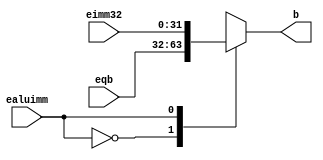
`timescale 1ns / 1ps
//////////////////////////////////////////////////////////////////////////////////
// School: PSU Main Campus
// Name: Justin Ngo
// 
// Project Name: Final Project, Piplelined CPU
// Modules Contained: aluMux, ALU, EXEMEM
//////////////////////////////////////////////////////////////////////////////////

// Module      : ALUMUX (ALU Multiplexer)
// Description : If ealuimm 0: b = eqb, 1: b = eimm32
// Input(s)    : ealuimm, eqb, eimm32
// Output(s)   : b
module aluMUX(input ealuimm, input [31:0] eqb, input [31:0] eimm32, output reg[31:0] b);
        
        always @(*) begin
         //if ealuimm = 0, b = eqb
        case(ealuimm)
            0: b <= eqb;
            1: b <= eimm32;
        endcase
    end 
endmodule


// Module      : ALU (Arithmetic Logic Unit)
// Description : On signal change, set r = eqa and b based on ealuc
// Input(s)    : eqa, b, ealuc
// Output(s)   : r
module ALU(input [31:0] eqa, input [31:0] b, input [3:0] ealuc, output reg[31:0] r);
    
    //values come from zybooks
    always @(*) begin
        case(ealuc) 
            //and
            4'b0000: r <= eqa & b;
            //or
            4'b0001: r <= eqa | b;
            //xor
            4'b0011: r <= eqa ^ b;
            //add
            4'b0010: r <= eqa + b;
            //sub
            4'b0110: r <= eqa - b;
        endcase
    end
endmodule


// Module      : EXEMEM (Execute Memory)
// Description : On positive clock edge, set all output signals to their respective input signals
// Input(s)    : ewreg, em2reg, ewmem, edestReg, eqa, eqb, eimm32
// Output(s)   : mwreg, mm2reg, mwmem, mdestReg, mqa, mqb, memm32
module EXEMEM(
    input clk,

    input ewreg,            output reg mwreg,
    input em2reg,           output reg mm2reg,
    input ewmem,            output reg mwmem,                   
    input [4:0] edestReg,   output reg [4:0] mdestReg,       
    input [31:0] r,         output reg [31:0] mr,
    input [31:0] eqb,       output reg [31:0] mqb);
    
    always @(posedge clk) begin
        mwreg <= ewreg;
        mm2reg <= em2reg;
        mwmem <= ewmem;
        mdestReg <= edestReg;
        mr <= r;
        mqb <= eqb;
    end
endmodule